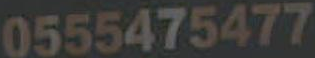
0555475477